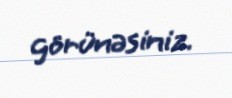
görünəsiniz.